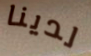
لدينا